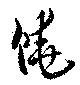
饒